画像に写った文字を読んでください
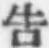
「吿」と書いてあります